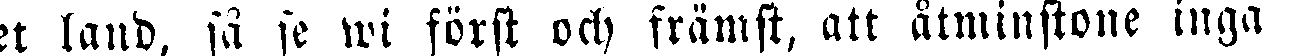
get land, så se wi först och främst, att åtminstone inga